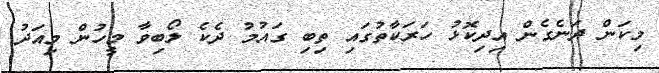
މިކަން ދަނެގެން އިދިކޮޅު ހަރަކާތުގައި ތިބި ގައުމު ދެކެ ލޯބިވާ މީހުން މިއަދު